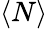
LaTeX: \langle N\rangle